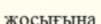
жосығына